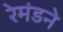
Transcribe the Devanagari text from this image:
रेमंडने